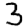
Digit: 3